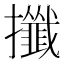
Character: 攕